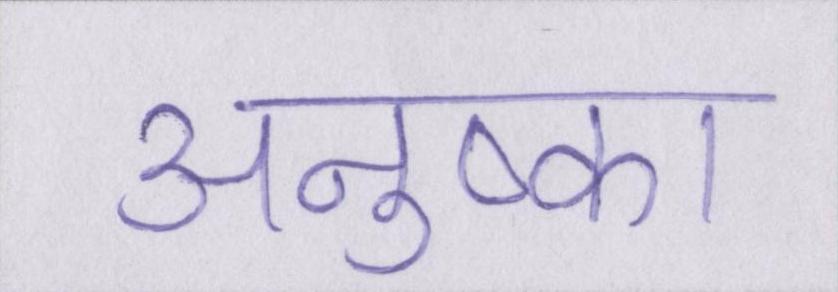
अनुष्का